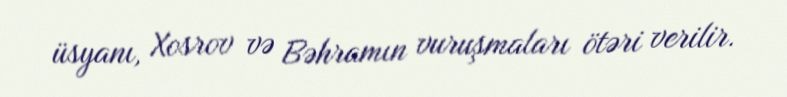
üsyanı, Xosrov və Bəhramın vuruşmaları ötəri verilir.